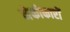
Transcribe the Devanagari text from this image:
नेकोकारों